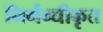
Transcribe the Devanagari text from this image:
निर्गन्धीकृत